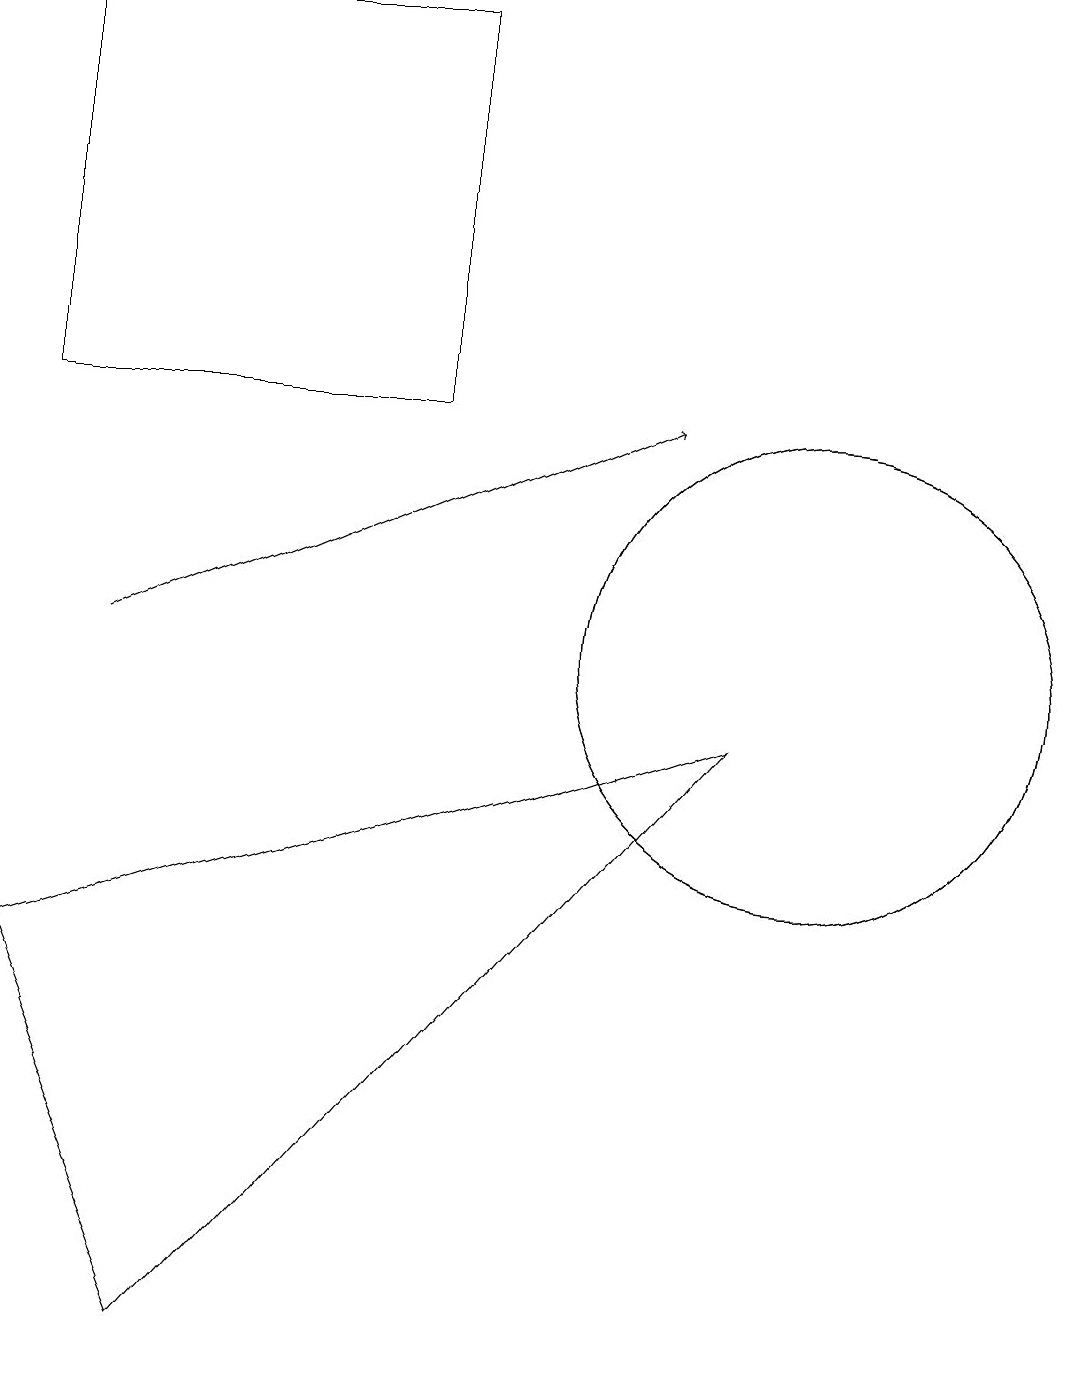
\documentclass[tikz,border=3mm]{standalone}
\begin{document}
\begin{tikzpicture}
\draw (2,1) -- (9,9) -- (0,6) -- cycle;
\draw (0,13) rectangle (5,18);
\draw (10,10) circle (3);
\draw (10,10) circle (3);
\draw[->] (1,10) -- (8,13);
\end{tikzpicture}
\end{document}